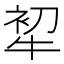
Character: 𤙟